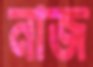
নাজ